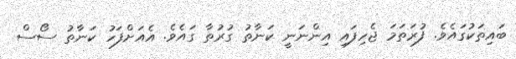
ބައިތަކުގައެވެ. ފުރަތަމަ ޖެހިފައި އިންނަނީ ކަނާތު ގުރުތާ ގައެވެ. އެއަށްފަހު ކަނާތު ސޯސް